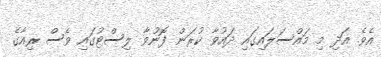
އެވެ. އަދި މި މައްސަލައިގައި ދައުވާ ކުރަން ފޮނުވާ ލިސްޓުގައި ވެސް ރިއާގެ